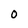
Character: 0